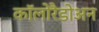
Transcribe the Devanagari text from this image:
कॉलोरैडोअन